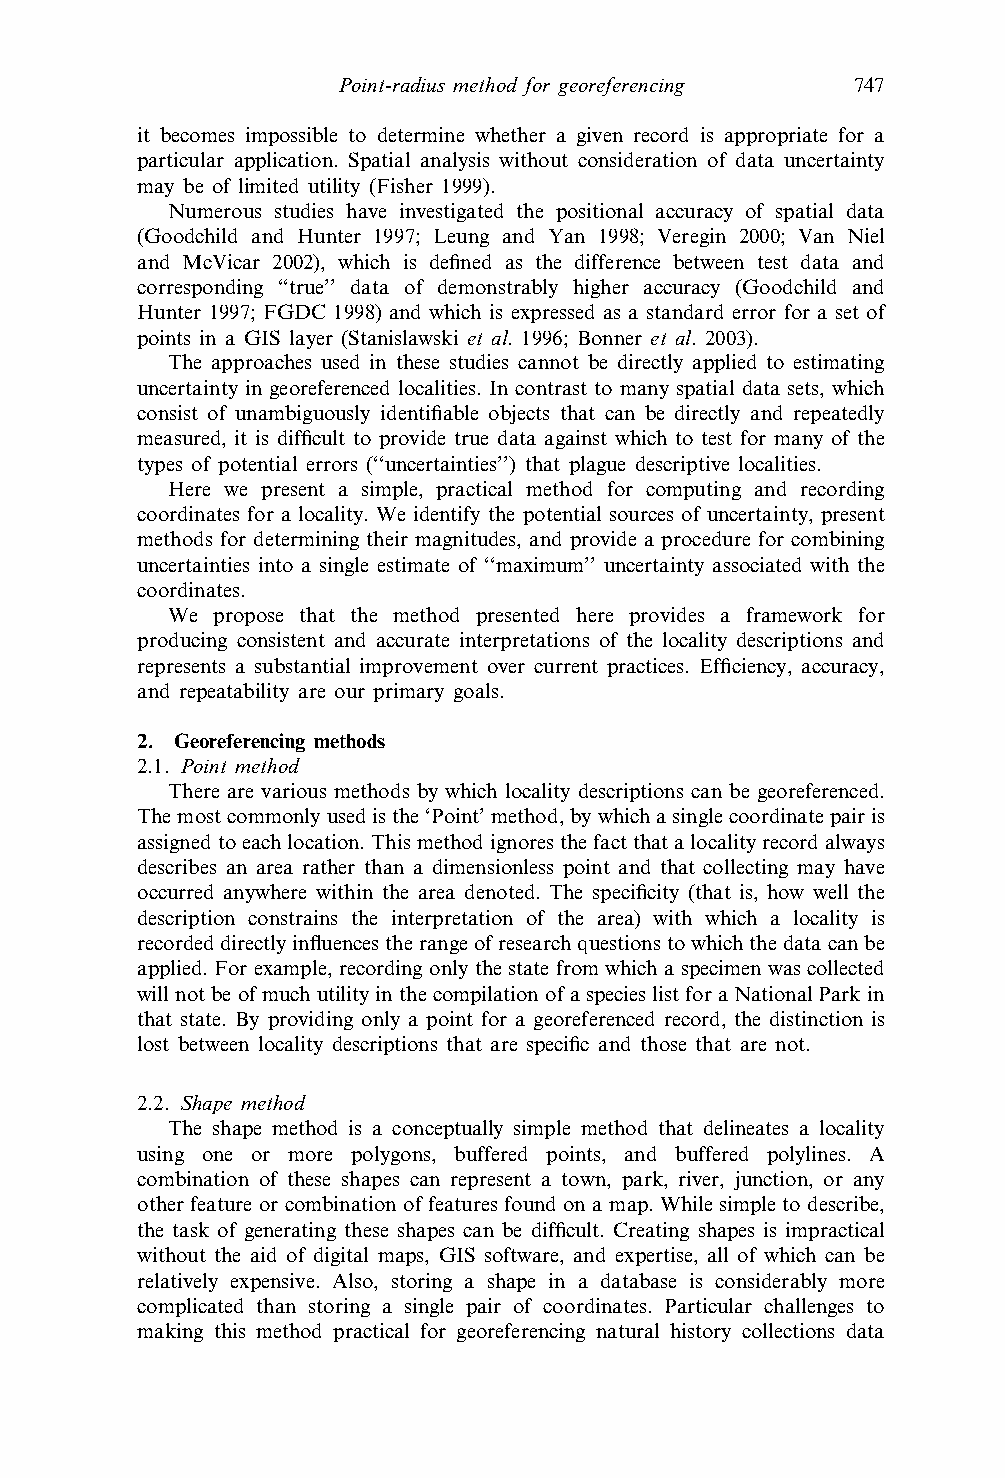
Point-radius method for georeferencing 747
 it becomes impossible to determine whether a given record is appropriate for a
 particular application. Spatial analysis without consideration of data uncertainty
 may be of limited utility (Fisher 1999).
 Numerous studies have investigated the positional accuracy of spatial data
 (Goodchild and Hunter 1997; Leung and Yan 1998; Veregin 2000; Van Niel
 and McVicar 2002), which is defined as the difference between test data and
 corresponding ‘‘true’’ data of demonstrably higher accuracy (Goodchild and
 Hunter 1997; FGDC 1998) and which is expressed as a standard error for a set of
 points in a GIS layer (Stanislawski et al. 1996; Bonner et al. 2003).
 The approaches used in these studies cannot be directly applied to estimating
 uncertainty in georeferenced localities. In contrast to many spatial data sets, which
 consist of unambiguously identifiable objects that can be directly and repeatedly
 measured, it is difficult to provide true data against which to test for many of the
 types of potential errors (‘‘uncertainties’’) that plague descriptive localities.
 Here we present a simple, practical method for computing and recording
 coordinates for a locality. We identify the potential sources of uncertainty, present
 methods for determining their magnitudes, and provide a procedure for combining
 uncertainties into a single estimate of ‘‘maximum’’ uncertainty associated with the
 coordinates.
 We propose that the method presented here provides a framework for
 producing consistent and accurate interpretations of the locality descriptions and
 represents a substantial improvement over current practices. Efficiency, accuracy,
 and repeatability are our primary goals.
 2. Georeferencing methods
 2.1. Point method
 There are various methods by which locality descriptions can be georeferenced.
 Themostcommonlyusedisthe‘Point’method,bywhichasinglecoordinatepairis
 assignedtoeachlocation.Thismethodignoresthefactthatalocalityrecordalways
 describes an area rather than a dimensionless point and that collecting may have
 occurred anywhere within the area denoted. The specificity (that is, how well the
 description constrains the interpretation of the area) with which a locality is
 recordeddirectlyinfluencestherangeofresearchquestionstowhichthedatacanbe
 applied.Forexample,recordingonlythestatefromwhichaspecimenwascollected
 willnotbeofmuchutilityinthecompilationofaspecieslistforaNationalParkin
 that state. By providing only a point for a georeferenced record, the distinction is
 lost between locality descriptions that are specific and those that are not.
 2.2. Shape method
 The shape method is a conceptually simple method that delineates a locality
 using one or more polygons, buffered points, and buffered polylines. A
 combination of these shapes can represent a town, park, river, junction, or any
 other feature or combination of features found on a map. While simple to describe,
 the task of generating these shapes can be difficult. Creating shapes is impractical
 without the aid of digital maps, GIS software, and expertise, all of which can be
 relatively expensive. Also, storing a shape in a database is considerably more
 complicated than storing a single pair of coordinates. Particular challenges to
 making this method practical for georeferencing natural history collections data